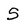
Character: S